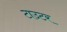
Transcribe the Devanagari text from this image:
टाउटर